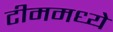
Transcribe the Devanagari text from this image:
टीममध्ये